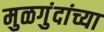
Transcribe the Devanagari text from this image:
मुळगुंदांच्या